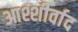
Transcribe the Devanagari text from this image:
आश्शीर्वाद